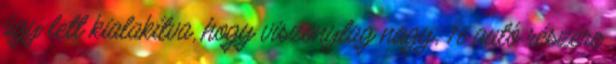
úgy lett kialakítva, hogy viszonylag nagy, 16 autó részére